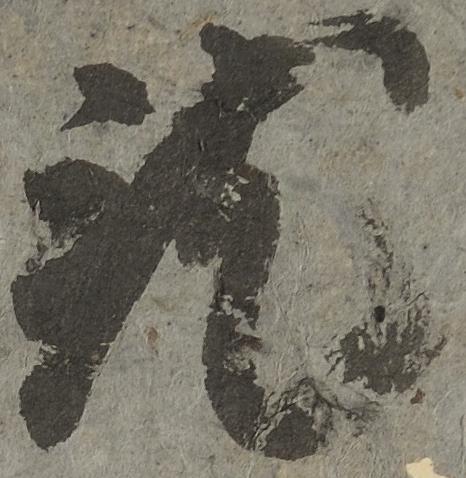
就